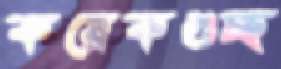
কয়েকগুচ্ছ